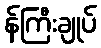
န်ကြီးချုပ်